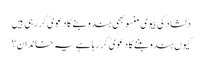
دلشاد کی بیوی منسو بھی ہندو بنے کا دعویٰ کر رہی ہیں
کیوں ہندو بننے کا دعویٰ کر رہا ہے یہ خاندان؟